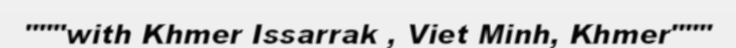
"""with Khmer Issarrak , Viet Minh, Khmer"""